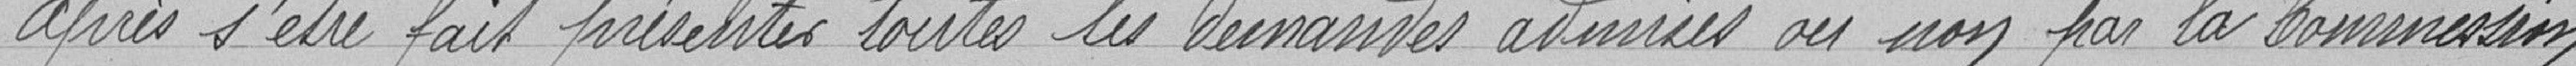
après s'être fait présentés toutes les demandes admises ou non par la Commission